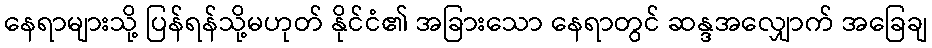
နေရာများသို့ ပြန်ရန်သို့မဟုတ် နိုင်ငံ၏ အခြားသော နေရာတွင် ဆန္ဒအလျှောက် အခြေချ